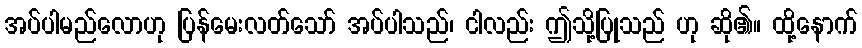
အပ်ပါမည်လောဟု ပြန်မေးလတ်သော် အပ်ပါသည်၊ ငါလည်း ဤသို့ပြုသည် ဟု ဆို၏။ ထို့နောက်